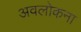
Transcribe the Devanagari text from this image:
अवलोकना